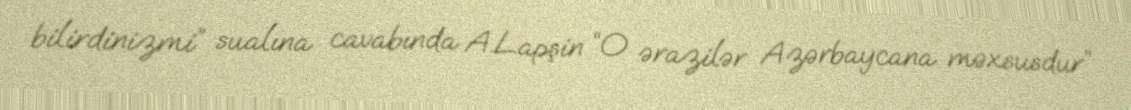
bilirdinizmi” sualına cavabında A.Lapşin “O ərazilər Azərbaycana məxsusdur”